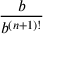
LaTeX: \frac { b } { b ^ { ( n + 1 ) ! } }